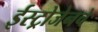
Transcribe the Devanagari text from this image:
ईस्ट्रोजेनचे